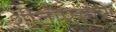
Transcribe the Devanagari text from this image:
शीतोपचार